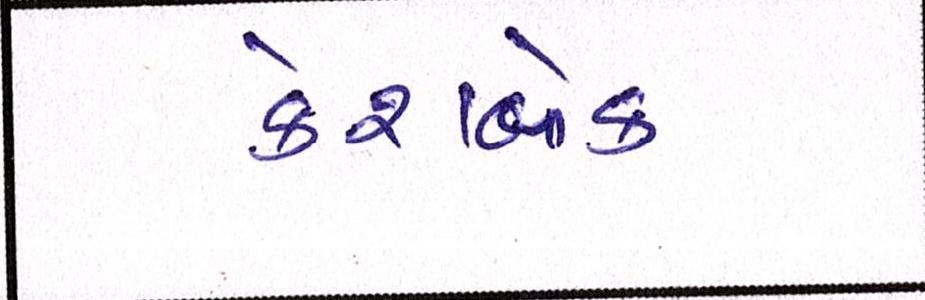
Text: કેશબેક